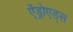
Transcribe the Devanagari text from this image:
ऐंड्रोएड्स